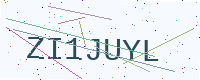
Text: ZI1JUYL